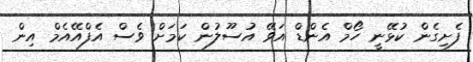
ފެށިގެން ކުޅޭނީ ހޯމް އެންޑް އަވޭ އުސޫލުން ކަމަށް ވެސް އެފްއޭއެމް އިން